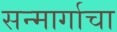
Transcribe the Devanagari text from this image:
सन्मार्गाचा